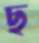
ছ